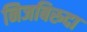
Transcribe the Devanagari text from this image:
निजबिरुदा